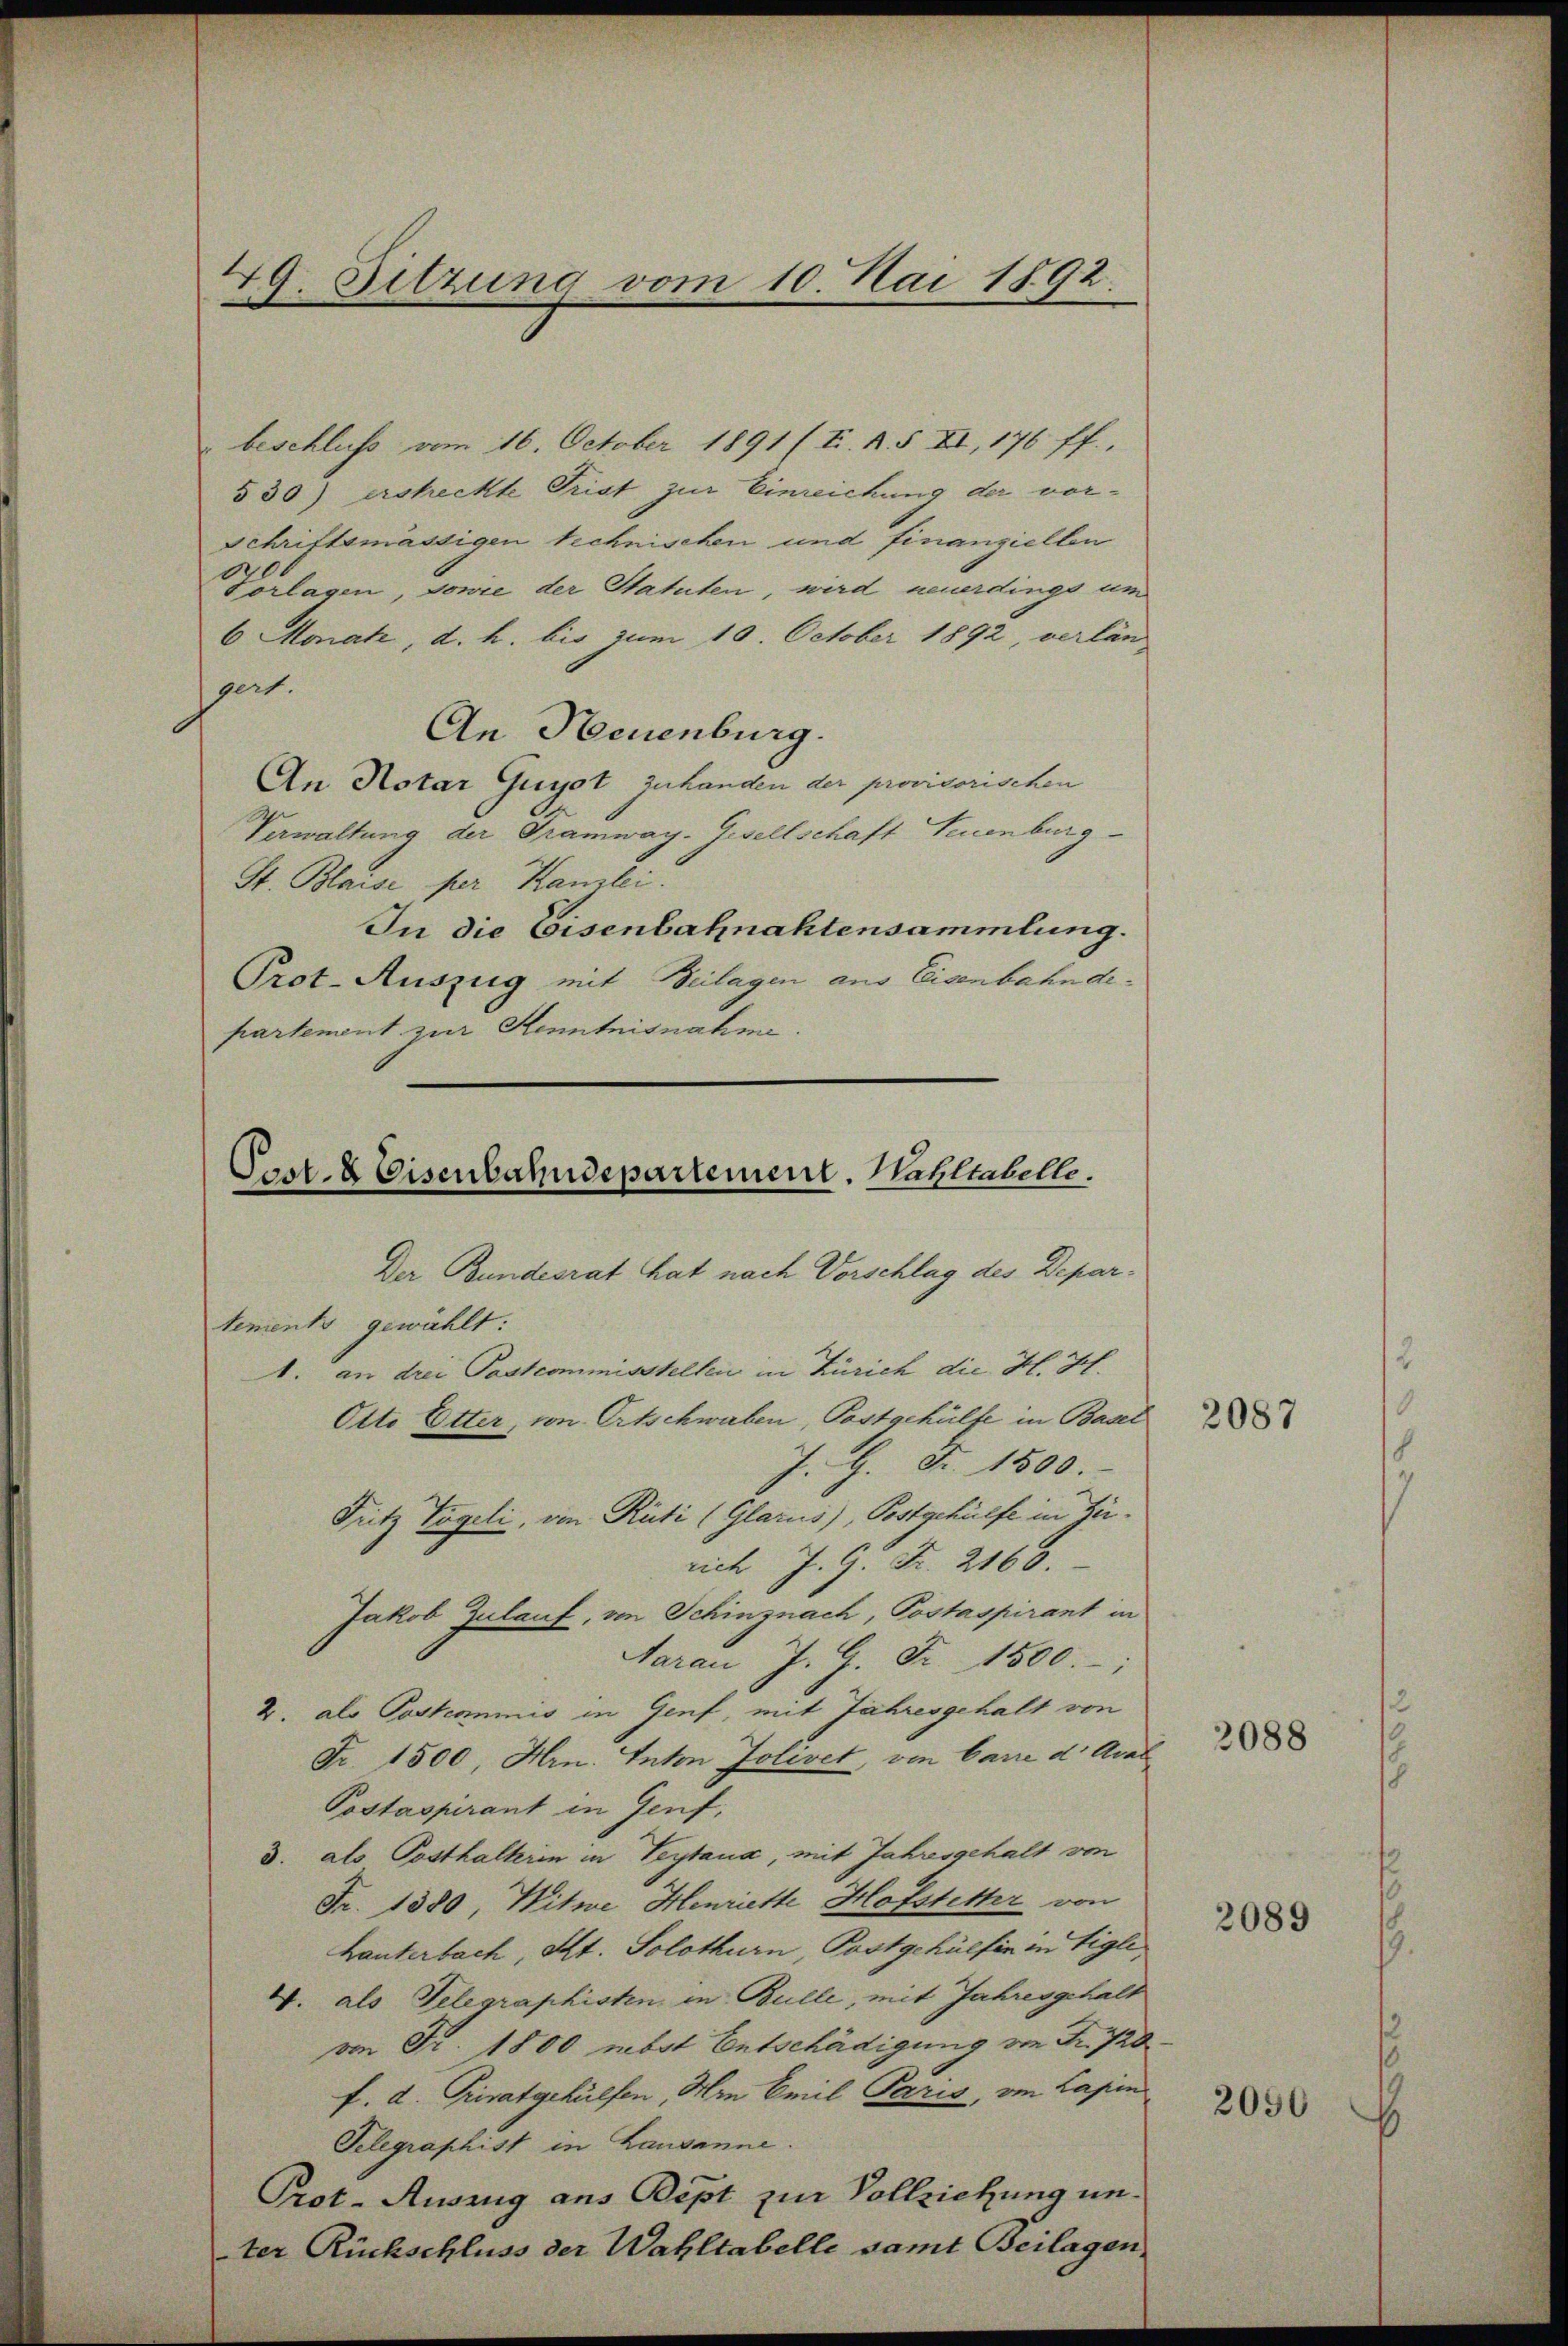
49. Sitzung vom 10. Mai 1892.

beschluß vom 16. October 1891 (T. R. § II, 176 ff.,
§30) ersteckte Trist zur Einreichung der vor¬
Schriftsmässigen technischen und finanziellen
Vorlagen, sowie der Statuten, wird neuerdings um
6 Monat, d. h. bis zum 10. October 1892, verlän
gert.
An Neuenburg.
An Notar Guyst zu handen der provisorischen
Verwaltung der Tramway- Gesellschaft Neuenburg
St. Blaise per Kanzlei.
In die Eisenbahnaktensammlung.
Prot. Auszug mit Beilagen aus Eisenbahndepartement zur Kenntnisnahme.

Post- & Eisenbahndepartement. Wahltabelle.

Der Bundesrat hat nach Vorschlag des Departements gewählt:
1. an drei Pastcommisstellen in Zürich die H. H.
Otto Etter, von Ortschwaben, Postgehülfe in Basel
J. G. Fr. 1500.
rich J. G. Fr. 2160.
Jakob Zulauf, von Schinznach, Postaspirant in
Aarau J. G. Fr. 1500.
4. als Postcommis in Genf, mit Jahresgehalt von
Fr. 1500, Hrn. Inton Jolivet, von barre d. Aval
Postaspirant in Genf,
3. als Posthalterin in Teytaux, mit Jahresgehalt von
Fr. 1380, Witwe Henriette Hofstetter von
hanterbach, Kt. Solothurn, Postgehülfen in Aigle,
4. als Telegraphisten in Bulle, mit Jahresgehalt
von Fr. 1800 nebst Entschädigung von Fr. 720
f. d. Privatgehülfen Hin Emil Paris, von Capin
Telegraphist in Lausanne.
Prot. Auszug aus Bept zur Vollziehung unter Rückschluss der Wahltabelle samt Beilagen,

Fritz Tägeli, von Rüti (Glarus), Postgehülfe in Zu¬

2087

3088

2089

2050